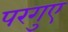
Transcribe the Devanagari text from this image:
परगुए